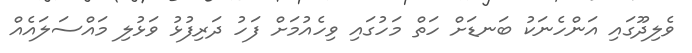
ވެލިދޫގައި އަންހެނަކު ބަނޑަށް ހަތް މަހުގައި ވިހެއުމަށް ފަހު ދަރިފުޅު ވަޅުލި މައްސަލައެއް